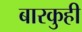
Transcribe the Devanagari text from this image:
बारकुही